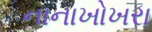
નાનાખોખરા